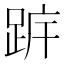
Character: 𨀠